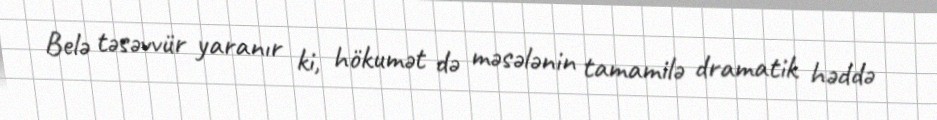
Belə təsəvvür yaranır ki, hökumət də məsələnin tamamilə dramatik həddə